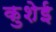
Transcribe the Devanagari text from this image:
कुशेई